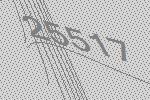
25517